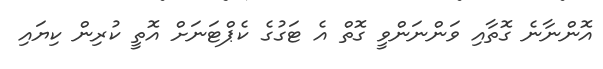
އޮންނާނެ ގޮތާއި ވަންނަންވީ ގޮތް އެ ޓަގުގެ ކެޕްޓަނަށް އޮތީ ކުރިން ކިޔައި